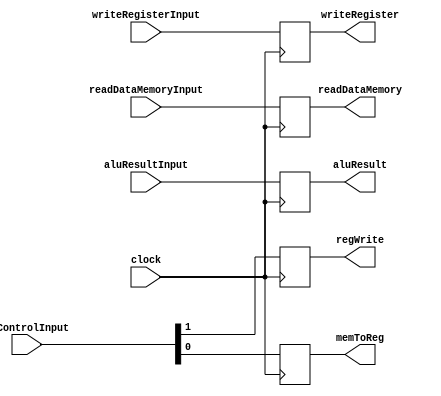
module memWb(
  input clock,

  // Inputs
  // WB
  input wire [1:0] wbControlInput,

  // MEM_WB
  input wire [31:0] readDataMemoryInput,
  input wire [31:0] aluResultInput,
  input wire [4:0] writeRegisterInput,


  // Outputs
  // WB
  output reg regWrite,
  output reg memToReg,

  // MEM_WB
  output reg [31:0] readDataMemory,
  output reg [31:0] aluResult,
  output reg [4:0] writeRegister
);

  initial begin
    // WB
    regWrite <= 0;
    memToReg <= 0;

    // MEM_WB
    readDataMemory <= 0;
    aluResult <= 0;
    writeRegister <= 0;
  end

  always @(posedge clock) begin
    // WB
    regWrite <= wbControlInput[1];
    memToReg <= wbControlInput[0];

    // MEM_WB
    readDataMemory <= readDataMemoryInput;
    aluResult <= aluResultInput;
    writeRegister <= writeRegisterInput;
  end

endmodule